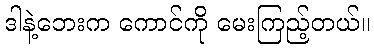
ဒါနဲ့ဘေးက ကောင်ကို မေးကြည့်တယ်။